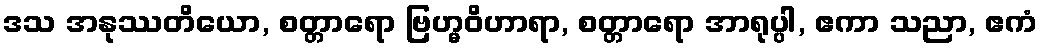
ဒသ အနုဿတိယော, စတ္တာရော ဗြဟ္မဝိဟာရာ, စတ္တာရော အာရုပ္ပါ, ဧကာ သညာ, ဧကံ